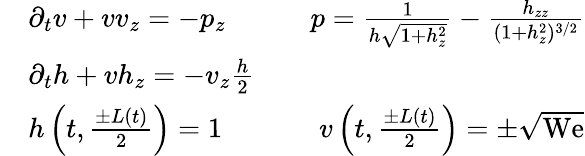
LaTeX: \begin{array}{rlr}&{\partial_{t}v+vv_{z}=-p_{z}\qquad}&{p=\frac{1}{h\sqrt{1+h_{z}^{2}}}-\frac{h_{zz}}{(1+h_{z}^{2})^{3/2}}}\\ &{\partial_{t}h+vh_{z}=-v_{z}\frac{h}{2}}\\ &{h\left(t,\frac{\pm L(t)}2\right)=1\qquad}&{v\left(t,\frac{\pm L(t)}2\right)=\pm\sqrt{\mathrm{We}}}\end{array}